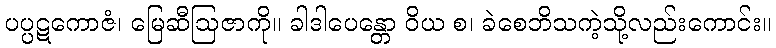
ပပ္ပဋကောဇံ၊ မြေဆီဩဇာကို။ ခါဒါပေန္တော ဝိယ စ၊ ခဲစေဘိသကဲ့သို့လည်းကောင်း။